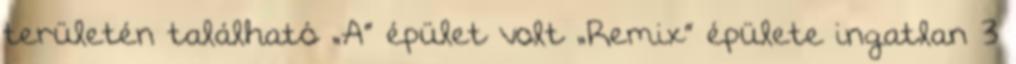
területén található „A” épület volt „Remix” épülete ingatlan 3